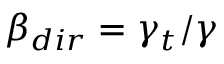
\beta _ { d i r } = \gamma _ { t } / \gamma